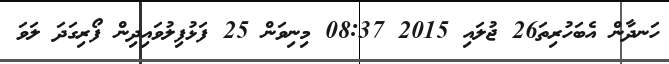
ހަނދާން އެބަހުރިތަ26 ޖުލައި 2015 08:37 މިނިވަން 25 ފަޅުފިލުވައިދިން ފޯރިގަދަ ލަވަ